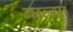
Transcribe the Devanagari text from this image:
बाल्या